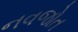
નવજોત